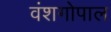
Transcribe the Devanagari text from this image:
वंशगोपाल